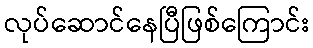
လုပ်ဆောင်နေပြီဖြစ်ကြောင်း